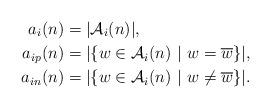
LaTeX: \begin{align*}a_i(n) & =|\mathcal{A}_i(n)|,\\a_{ip}(n) & = |\{w \in \mathcal{A}_i(n) ~|~ w = \overline{w}\}|,\\a_{in}(n) & = |\{w \in \mathcal{A}_i(n) ~|~ w \neq \overline{w}\}|.\end{align*}